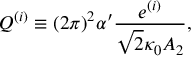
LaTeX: Q ^ { ( i ) } \equiv ( 2 \pi ) ^ { 2 } \alpha ^ { \prime } \frac { e ^ { ( i ) } } { \sqrt { 2 } \kappa _ { 0 } A _ { 2 } } ,